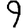
Digit: 9